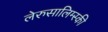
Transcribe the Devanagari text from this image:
लेरुसालिम्स्की